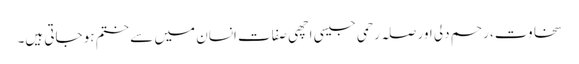
سخاوت، رحم دلی اور صلہ رحمی جیسی اچھی صفات انسان میں سے ختم ہو جاتی ہیں۔